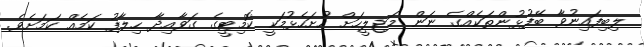
ލިބިފައިނުވާ ބޭފުޅުންތަކެއްގެ ނަން މަޖިލީހަށް ހުށަހެޅުމަކީ ކޮމިޓީގެ ގަވާއިދާ ހިލާފު ކަމެއް ކަމަށެވެ.